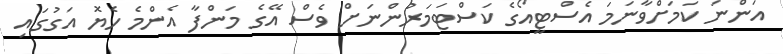
އަންނަ ކަމަށްވާނަމަ އެސްޓީއޯގެ ކަސްޓަމަރުންނަށް ވެސް އޭގެ މަންފާ އެންމެ ހެޔޮ އަގުގައި